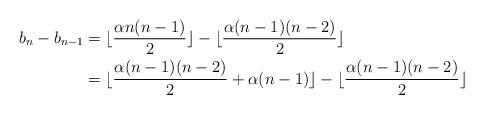
LaTeX: \begin{align*}b_n-b_{n-1}&=\lfloor\frac{\alpha n(n-1)}2\rfloor-\lfloor\frac{\alpha(n-1)(n-2)}2\rfloor\\&=\lfloor\frac{\alpha(n-1)(n-2)}2+\alpha(n-1)\rfloor-\lfloor\frac{\alpha(n-1)(n-2)}2\rfloor\end{align*}